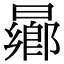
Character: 曏